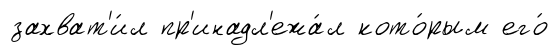
захват'и́л пр'инадл'ежа́л кото́рым его́